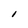
Character: l